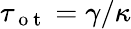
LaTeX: \tau_{\mathrm{~o~t~}}=\gamma/\kappa